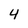
Character: 4